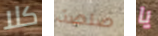
كلا صلصة يا